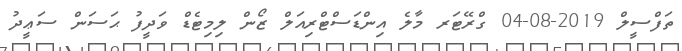
ތަފްސީލް 2019-08-04 ގްރޭޓަރ މާލެ އިންޑަސްޓްރިއަލް ޒޯން ލިމިޓެޑް ވަދީފު ޙަސަން ސަޢީދު